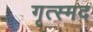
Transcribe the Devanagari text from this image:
गृत्स्मद